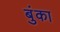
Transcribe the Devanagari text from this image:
बुंका